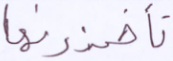
تأخذونها